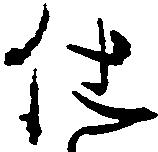
仕